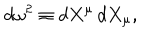
LaTeX: d \omega ^ { 2 } \equiv d X ^ { \mu } \, d X _ { \mu } ,